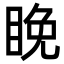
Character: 睌